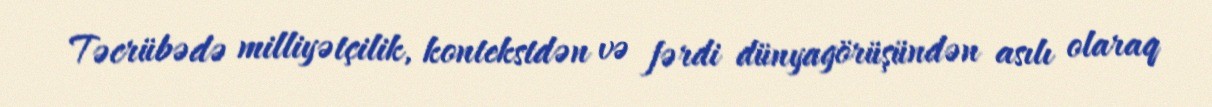
Təcrübədə milliyətçilik, kontekstdən və fərdi dünyagörüşündən asılı olaraq